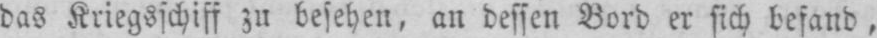
das Kriegsschiff zu besehen, an dessen Bord er sich befand,